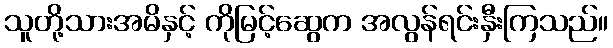
သူတို့သားအမိနှင့် ကိုမြင့်ဆွေက အလွန်ရင်းနှီးကြသည်။